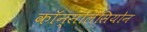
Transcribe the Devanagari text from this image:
कॉन्सोलेसियोन